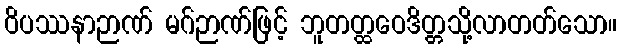
ဝိပဿနာဉာဏ် မဂ်ဉာဏ်ဖြင့် ဘူတတ္ထဝေဒိတ္တသို့လာတတ်သော။